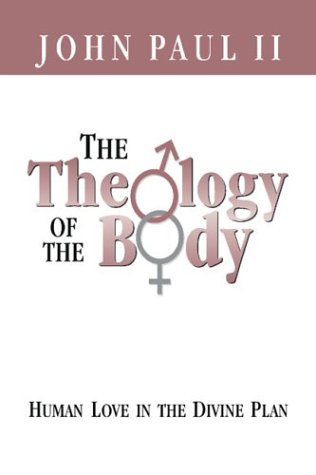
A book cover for The Theology of the Body Human Love in the Divine Plan (Parish Resources); Pope John Paul II; Christian Books & Bibles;